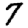
Digit: 7